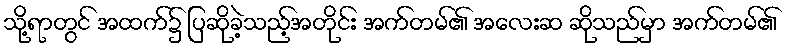
သို့ရာတွင် အထက်၌ ပြဆိုခဲ့သည့်အတိုင်း အက်တမ်၏ အလေးဆ ဆိုသည်မှာ အက်တမ်၏